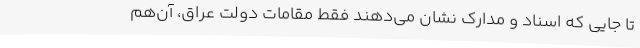
تا جایی که اسناد و مدارک نشان می‌دهند فقط مقامات دولت عراق، آن‌هم